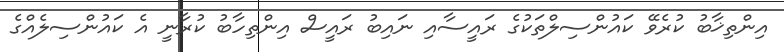
އިންތިޚާބު ކުރެވޭ ކައުންސިލްތަކުގެ ރައީސާއި ނައިބު ރައީސް އިންތިހާބު ކުރާނީ އެ ކައުންސިލެއްގެ